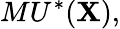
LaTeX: MU^{*}(\mathbf{X}),